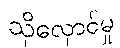
သိုလှောင်မှု